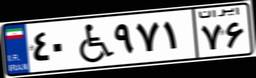
۹۳W۸۰۶۲۸